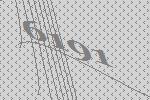
6191